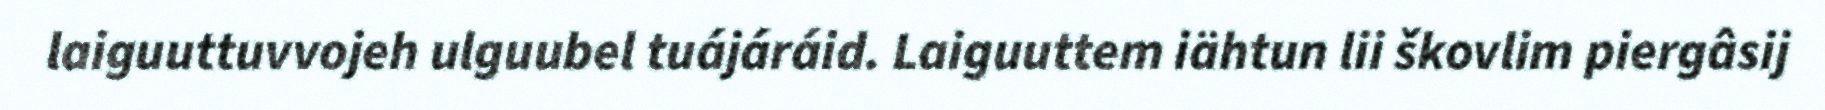
laiguuttuvvojeh ulguubel tuájáráid. Laiguuttem iähtun lii škovlim piergâsij